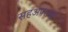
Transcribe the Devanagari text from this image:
सहअपराधी